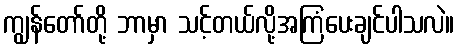
ကျွန်တော်တို့ ဘာမှာ သင့်တယ်လို့အကြံပေးချင်ပါသလဲ။